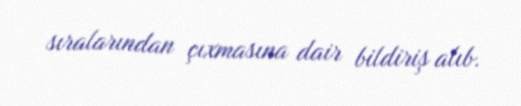
sıralarından çıxmasına dair bildiriş alıb.